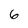
Character: 6